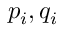
p _ { i } , q _ { i }